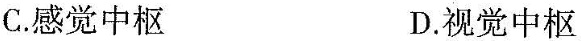
C.感觉中枢 D.视觉中枢